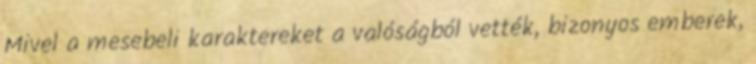
Mivel a mesebeli karaktereket a valóságból vették, bizonyos emberek,